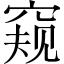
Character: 窥